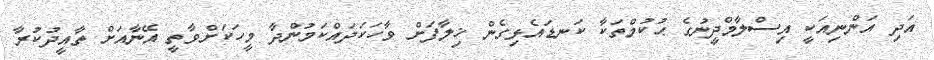
އަދި އަންނިއަކީ އިސްލާމްދީނުގެ ޙުކުމްތަކާ ކަނޑައެޅިގެން ޚިލާފަށް ވާހަކަދައްކަމުންދާ މީހަކަށްވާތީ އޭނާއަށް ތާއީދުކުރާ